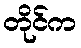
တိုင်က